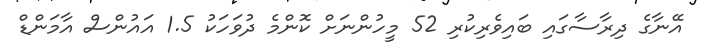
އޭނާގެ ދިރާސާގައި ބައިވެރިކުރި 52 މީހުންނަށް ކޮންމެ ދުވަހަކު 1.5 އައުންސް އާމަންޑް